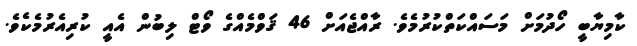
ކާމިޔާބީ ހޯދުމަށް މަސައްކަތްކުރުމެވެ. ރާއްޖެއަށް 46 ޤަވްމެއްގެ ވޯޓް ލިބުން އެއީ ކުރިއެރުމެކެވެ.